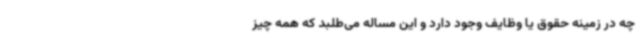
چه در زمینه حقوق یا وظایف وجود دارد و این مساله می‌طلبد که همه چیز